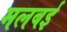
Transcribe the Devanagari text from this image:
मलबई